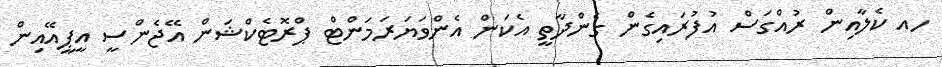
ހއ ކެލާއިން ރުއްގަސް އުފުރައިގެން ގެންދާތީ އެކަން އެންވަޔަރަމަންޓް ޕްރޮޓެކްޝަން އޭޖެންސީ އީޕީއޭއިން